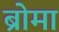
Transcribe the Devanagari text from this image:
ब्रोमा